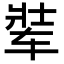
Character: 𬨋